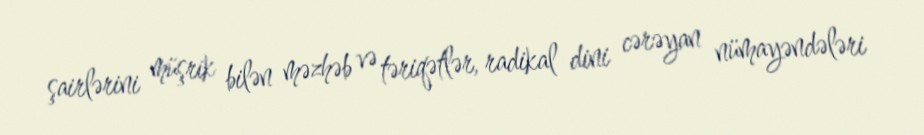
şairlərini müşrik bilən məzhəb və təriqətlər, radikal dini cərəyan nümayəndələri